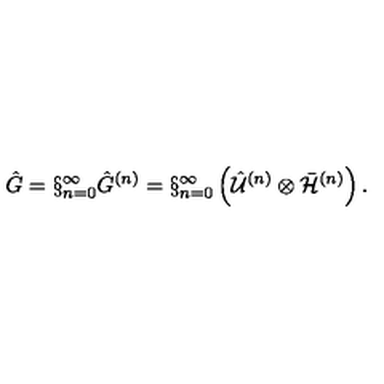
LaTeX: \hat { G } = \S _ { n = 0 } ^ { \infty } \hat { G } ^ { ( n ) } = \S _ { n = 0 } ^ { \infty } \left( \hat { \cal U } ^ { ( n ) } \otimes { \bar { \cal H } } ^ { ( n ) } \right) .